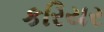
કરિયર